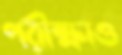
পরীক্ষাও